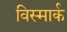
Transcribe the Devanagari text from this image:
विस्मार्क